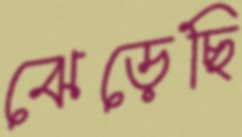
ঝেড়েছি